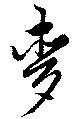
麦